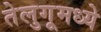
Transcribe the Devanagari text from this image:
तेलुगूमध्ये